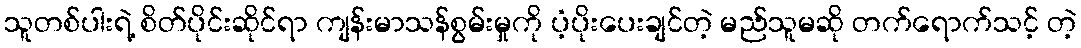
သူတစ်ပါးရဲ့ စိတ်ပိုင်းဆိုင်ရာ ကျန်းမာသန်စွမ်းမှုကို ပံ့ပိုးပေးချင်တဲ့ မည်သူမဆို တက်ရောက်သင့် တဲ့